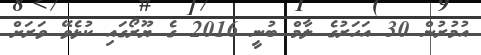
އުމުރުން 30 އަހަރުގެ ލާމް ބުނީ 2016 ގެ ޔޫރޯގައި ކުޅެވޭ ވަރަށް